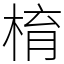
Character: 棛